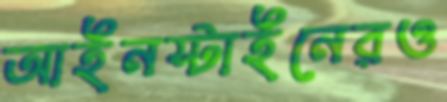
আইনস্টাইনেরও